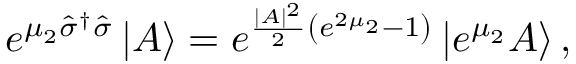
e ^ { \mu _ { 2 } \hat { \sigma } ^ { \dagger } \hat { \sigma } } \left\vert A \right\rangle = e ^ { \frac { | A | ^ { 2 } } { 2 } \left( e ^ { 2 \mu _ { 2 } } - 1 \right) } \left\vert e ^ { \mu _ { 2 } } A \right\rangle ,